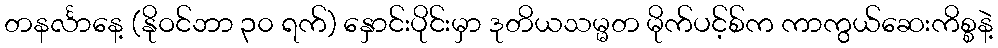
တနင်္လာနေ့ (နိုဝင်ဘာ ၃၀ ရက်) နှောင်းပိုင်းမှာ ဒုတိယသမ္မတ မိုက်ပင့်စ်က ကာကွယ်ဆေးကိစ္စနဲ့